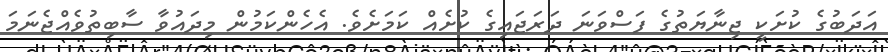
އަދަބުގެ ކުށަކީ ޖިނާޔަތުގެ ފަސްވަނަ ދަރަޖައިގެ ކުށެއް ކަމަށެވެ. އެހެންކަމުން މިދައުވާ ސާބިތުވެއްޖެނަމަ